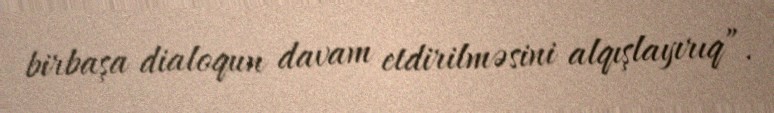
birbaşa dialoqun davam etdirilməsini alqışlayırıq”.